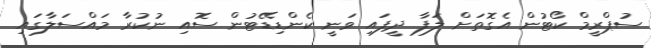
ސުޕްރީމް ކޯޓުން އެގޮތަށް ލަފާ ދީފައި ވަނީ ކެންޑިޑޭޓުން ސޮއި ނުކުރާ މައްސަލާގައި